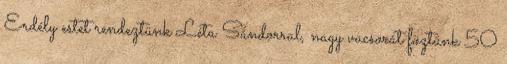
Erdély estet rendeztünk Léta Sándorral, nagy vacsorát föztünk 50